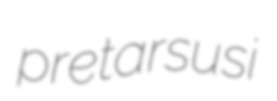
pretarsusi